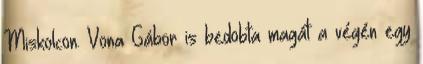
Miskolcon. Vona Gábor is bedobta magát a végén egy